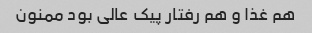
هم غذا و هم رفتار پیک عالی بود ممنون